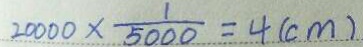
2 0 0 0 0 \times \frac { 1 } { 5 0 0 0 } = 4 ( c m )